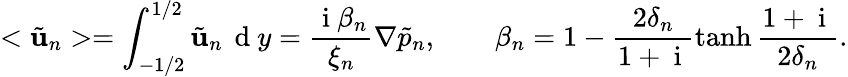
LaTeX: <\tilde{\mathbf{u}}_{n}>=\int_{-1/2}^{1/2}\tilde{\mathbf{u}}_{n}\, \mathrm{~d~}y=\frac{\mathrm{~i~}\beta_{n}}{\xi_{n}}\nabla\tilde{p}_{n},\ \ \ \ \ \ \ \ \beta_{n}=1-\frac{2\delta_{n}}{1+\mathrm{~i~}}\operatorname{tanh}{\frac{1+\mathrm{~i~}}{2\delta_{n}}}.